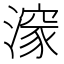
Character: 𭲩